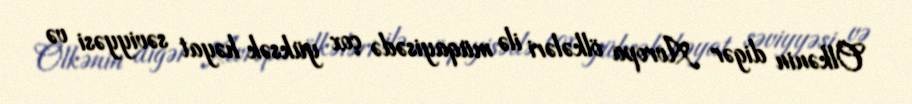
Ölkənin digər Avropa ölkələri ilə müqayisədə çox yüksək həyat səviyyəsi və